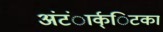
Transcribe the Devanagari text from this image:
अंंटंार्क्िटका